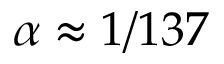
\alpha \approx 1 / 1 3 7